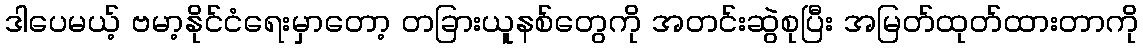
ဒါပေမယ့် ဗမာ့နိုင်ငံရေးမှာတော့ တခြားယူနစ်တွေကို အတင်းဆွဲစုပြီး အမြတ်ထုတ်ထားတာကို